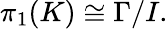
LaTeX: \pi_{1}(K)\cong\Gamma/I.